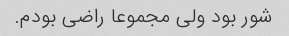
شور بود ولی مجموعا راضی بودم.